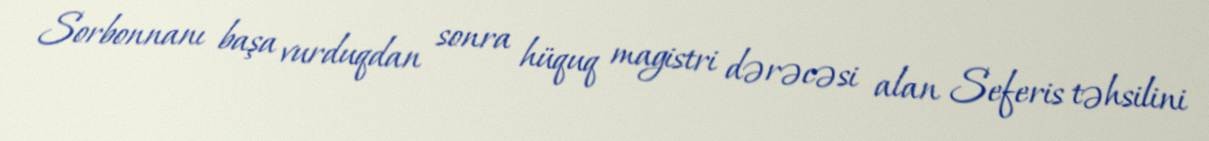
Sorbonnanı başa vurduqdan sonra hüquq magistri dərəcəsi alan Seferis təhsilini